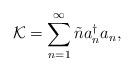
LaTeX: \begin{align*}{\cal K} = \sum_{n=1}^\infty \tilde{n} a_n^\dagger a_n,\end{align*}